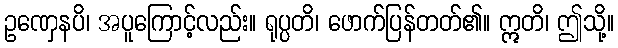
ဥဏှေနပိ၊ အပူကြောင့်လည်း။ ရုပ္ပတိ၊ ဖောက်ပြန်တတ်၏။ ဣတိ၊ ဤသို့။